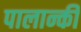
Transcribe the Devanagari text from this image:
पालान्की